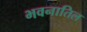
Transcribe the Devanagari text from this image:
भवनातिल